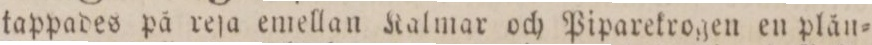
tappades på reſa emellan Kalmar och Piparekrogen en plån=